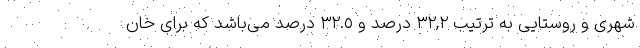
شهری و روستایی به ترتیب ٣٢,٢ درصد و ٣٢.٥ درصد می‌باشد که برای خان